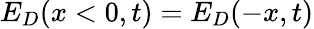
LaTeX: E_{D}(x<0,t)=E_{D}(-x,t)